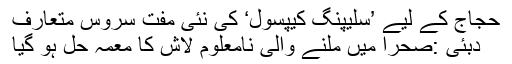
حجاج کے لیے ’سلیپنگ کیپسول‘ کی نئی مفت سروس متعارف
دُبئی :صحرا میں ملنے والی نامعلوم لاش کا معمّہ حل ہو گیا